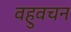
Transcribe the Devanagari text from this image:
वहुवचन